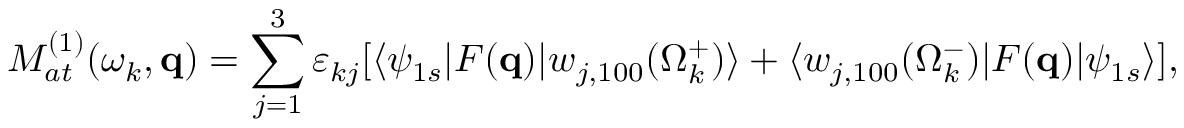
{ \cal M } _ { a t } ^ { ( 1 ) } ( \omega _ { k } , \mathbf { q } ) = \sum _ { j = 1 } ^ { 3 } { \varepsilon } _ { k j } [ \langle \psi _ { 1 s } | F ( \mathbf { q } ) | { { w } } _ { j , 1 0 0 } ( \Omega _ { k } ^ { + } ) \rangle + \langle { w } _ { j , 1 0 0 } ( \Omega _ { k } ^ { - } ) | F ( \mathbf { q } ) | \psi _ { 1 s } \rangle ] ,